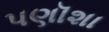
પણૉશા